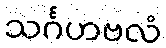
သင်္ဂဟဗလံ